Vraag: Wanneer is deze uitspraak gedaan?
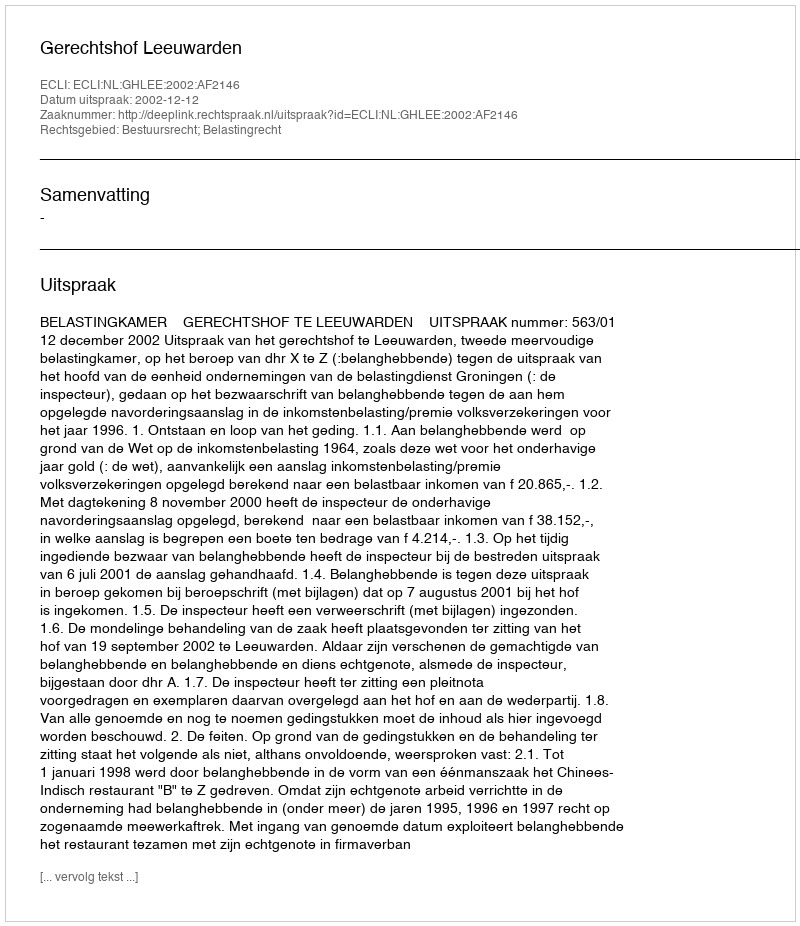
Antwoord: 2002-12-12